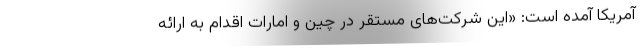
آمریکا آمده است: «این شرکت‌های مستقر در چین و امارات اقدام به ارائه